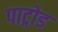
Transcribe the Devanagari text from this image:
पाट्रोड